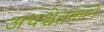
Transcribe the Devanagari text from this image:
अधश्चेतकाने